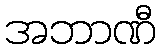
အဘာဏီ